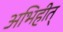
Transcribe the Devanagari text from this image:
अभिहीत्